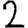
Digit: 2